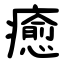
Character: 癒